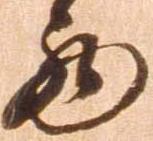
西